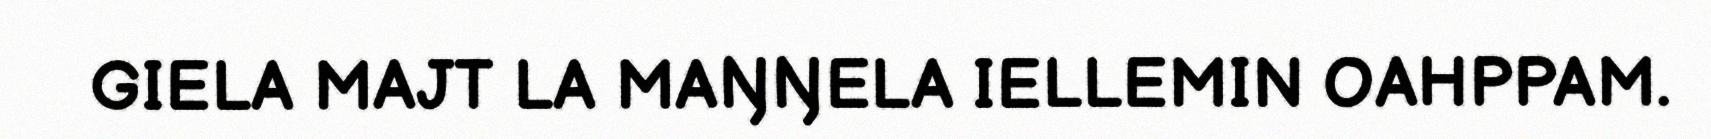
GIELA MAJT LA MAŊŊELA IELLEMIN OAHPPAM.